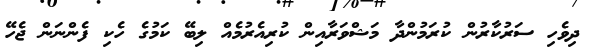
ދިވެހި ސަރުކާރުން ކުރަމުންދާ މަޝްވަރާއިން ކުރިއެރުމެއް ލިބޭ ކަމުގެ ހެކި ފެންނަން ޖެހޭ